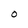
Character: 0